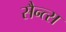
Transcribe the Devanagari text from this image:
सैन्त्स